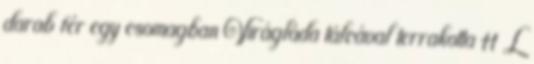
darab fér egy csomagban Virágláda tálcával terrakotta 11 L